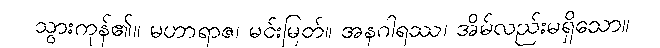
သွားကုန်၏။ မဟာရာဇ၊ မင်းမြတ်။ အနဂါရဿ၊ အိမ်လည်းမရှိသော။